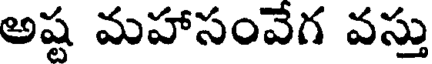
అష్ట మహాసంవేగ వస్తు